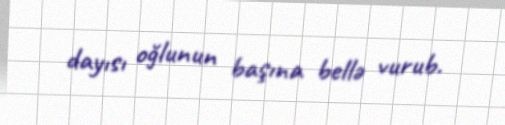
dayısı oğlunun başına bellə vurub.